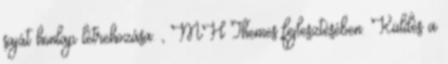
saját honlap létrehozása. , MH Themes fejlesztésében. Küldés a